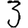
Digit: 3